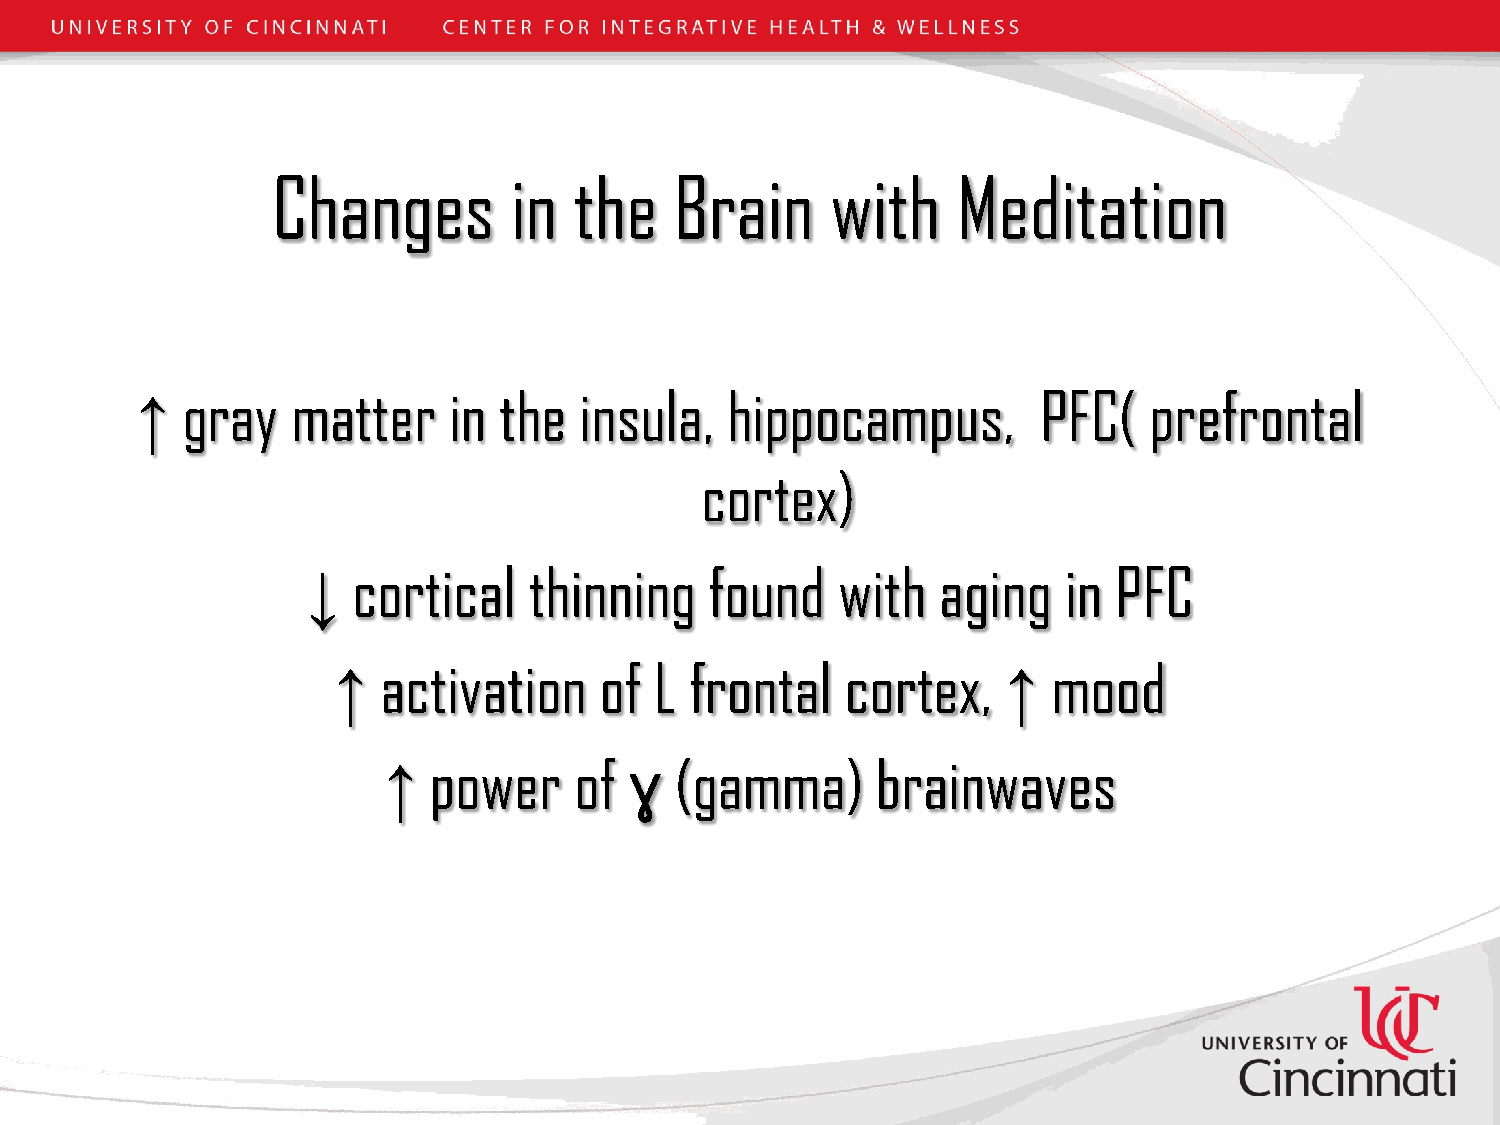
Changes         in  the    Brain     with    Meditation
 gray   matter     in the  insula,   hippocampus,         PFC(   prefrontal
 ↑
 cortex)
 cortical    thinning    found   with   aging   in  PFC
 ↓
 activation     of L  frontal   cortex,       mood
 ↑                                            ↑
 power     of     (gamma)      brainwaves
 ↑                ɣ